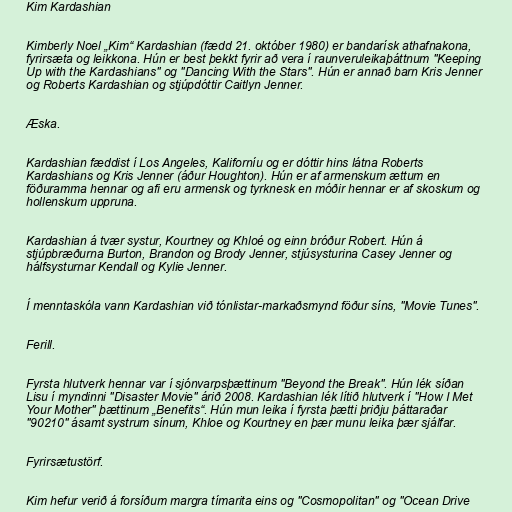
Kim Kardashian

Kimberly Noel „Kim“ Kardashian (fædd 21. október 1980) er bandarísk athafnakona,
fyrirsæta og leikkona. Hún er best þekkt fyrir að vera í raunveruleikaþáttnum "Keeping
Up with the Kardashians" og "Dancing With the Stars". Hún er annað barn Kris Jenner
og Roberts Kardashian og stjúpdóttir Caitlyn Jenner.

Æska.

Kardashian fæddist í Los Angeles, Kaliforníu og er dóttir hins látna Roberts
Kardashians og Kris Jenner (áður Houghton). Hún er af armenskum ættum en
föðuramma hennar og afi eru armensk og tyrknesk en móðir hennar er af skoskum og
hollenskum uppruna.

Kardashian á tvær systur, Kourtney og Khloé og einn bróður Robert. Hún á
stjúpbræðurna Burton, Brandon og Brody Jenner, stjúsysturina Casey Jenner og
hálfsysturnar Kendall og Kylie Jenner.

Í menntaskóla vann Kardashian við tónlistar-markaðsmynd föður síns, "Movie Tunes".

Ferill.

Fyrsta hlutverk hennar var í sjónvarpsþættinum "Beyond the Break". Hún lék síðan
Lisu í myndinni "Disaster Movie" árið 2008. Kardashian lék lítið hlutverk í "How I Met
Your Mother" þættinum „Benefits“. Hún mun leika í fyrsta þætti þriðju þáttaraðar
"90210" ásamt systrum sínum, Khloe og Kourtney en þær munu leika þær sjálfar.

Fyrirsætustörf.

Kim hefur verið á forsíðum margra tímarita eins og "Cosmopolitan" og "Ocean Drive